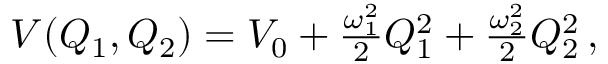
\begin{array} { r } { V ( Q _ { 1 } , Q _ { 2 } ) = V _ { 0 } + \frac { \omega _ { 1 } ^ { 2 } } { 2 } Q _ { 1 } ^ { 2 } + \frac { \omega _ { 2 } ^ { 2 } } { 2 } Q _ { 2 } ^ { 2 } \, , } \end{array}